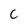
Character: C